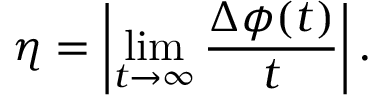
\eta = \left| \operatorname* { l i m } _ { t \rightarrow \infty } \frac { \Delta \phi ( t ) } { t } \right| .